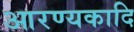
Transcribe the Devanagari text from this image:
आरण्यकादि